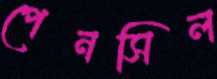
পেনসিল